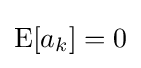
\operatorname {E} [a_{k}]=0